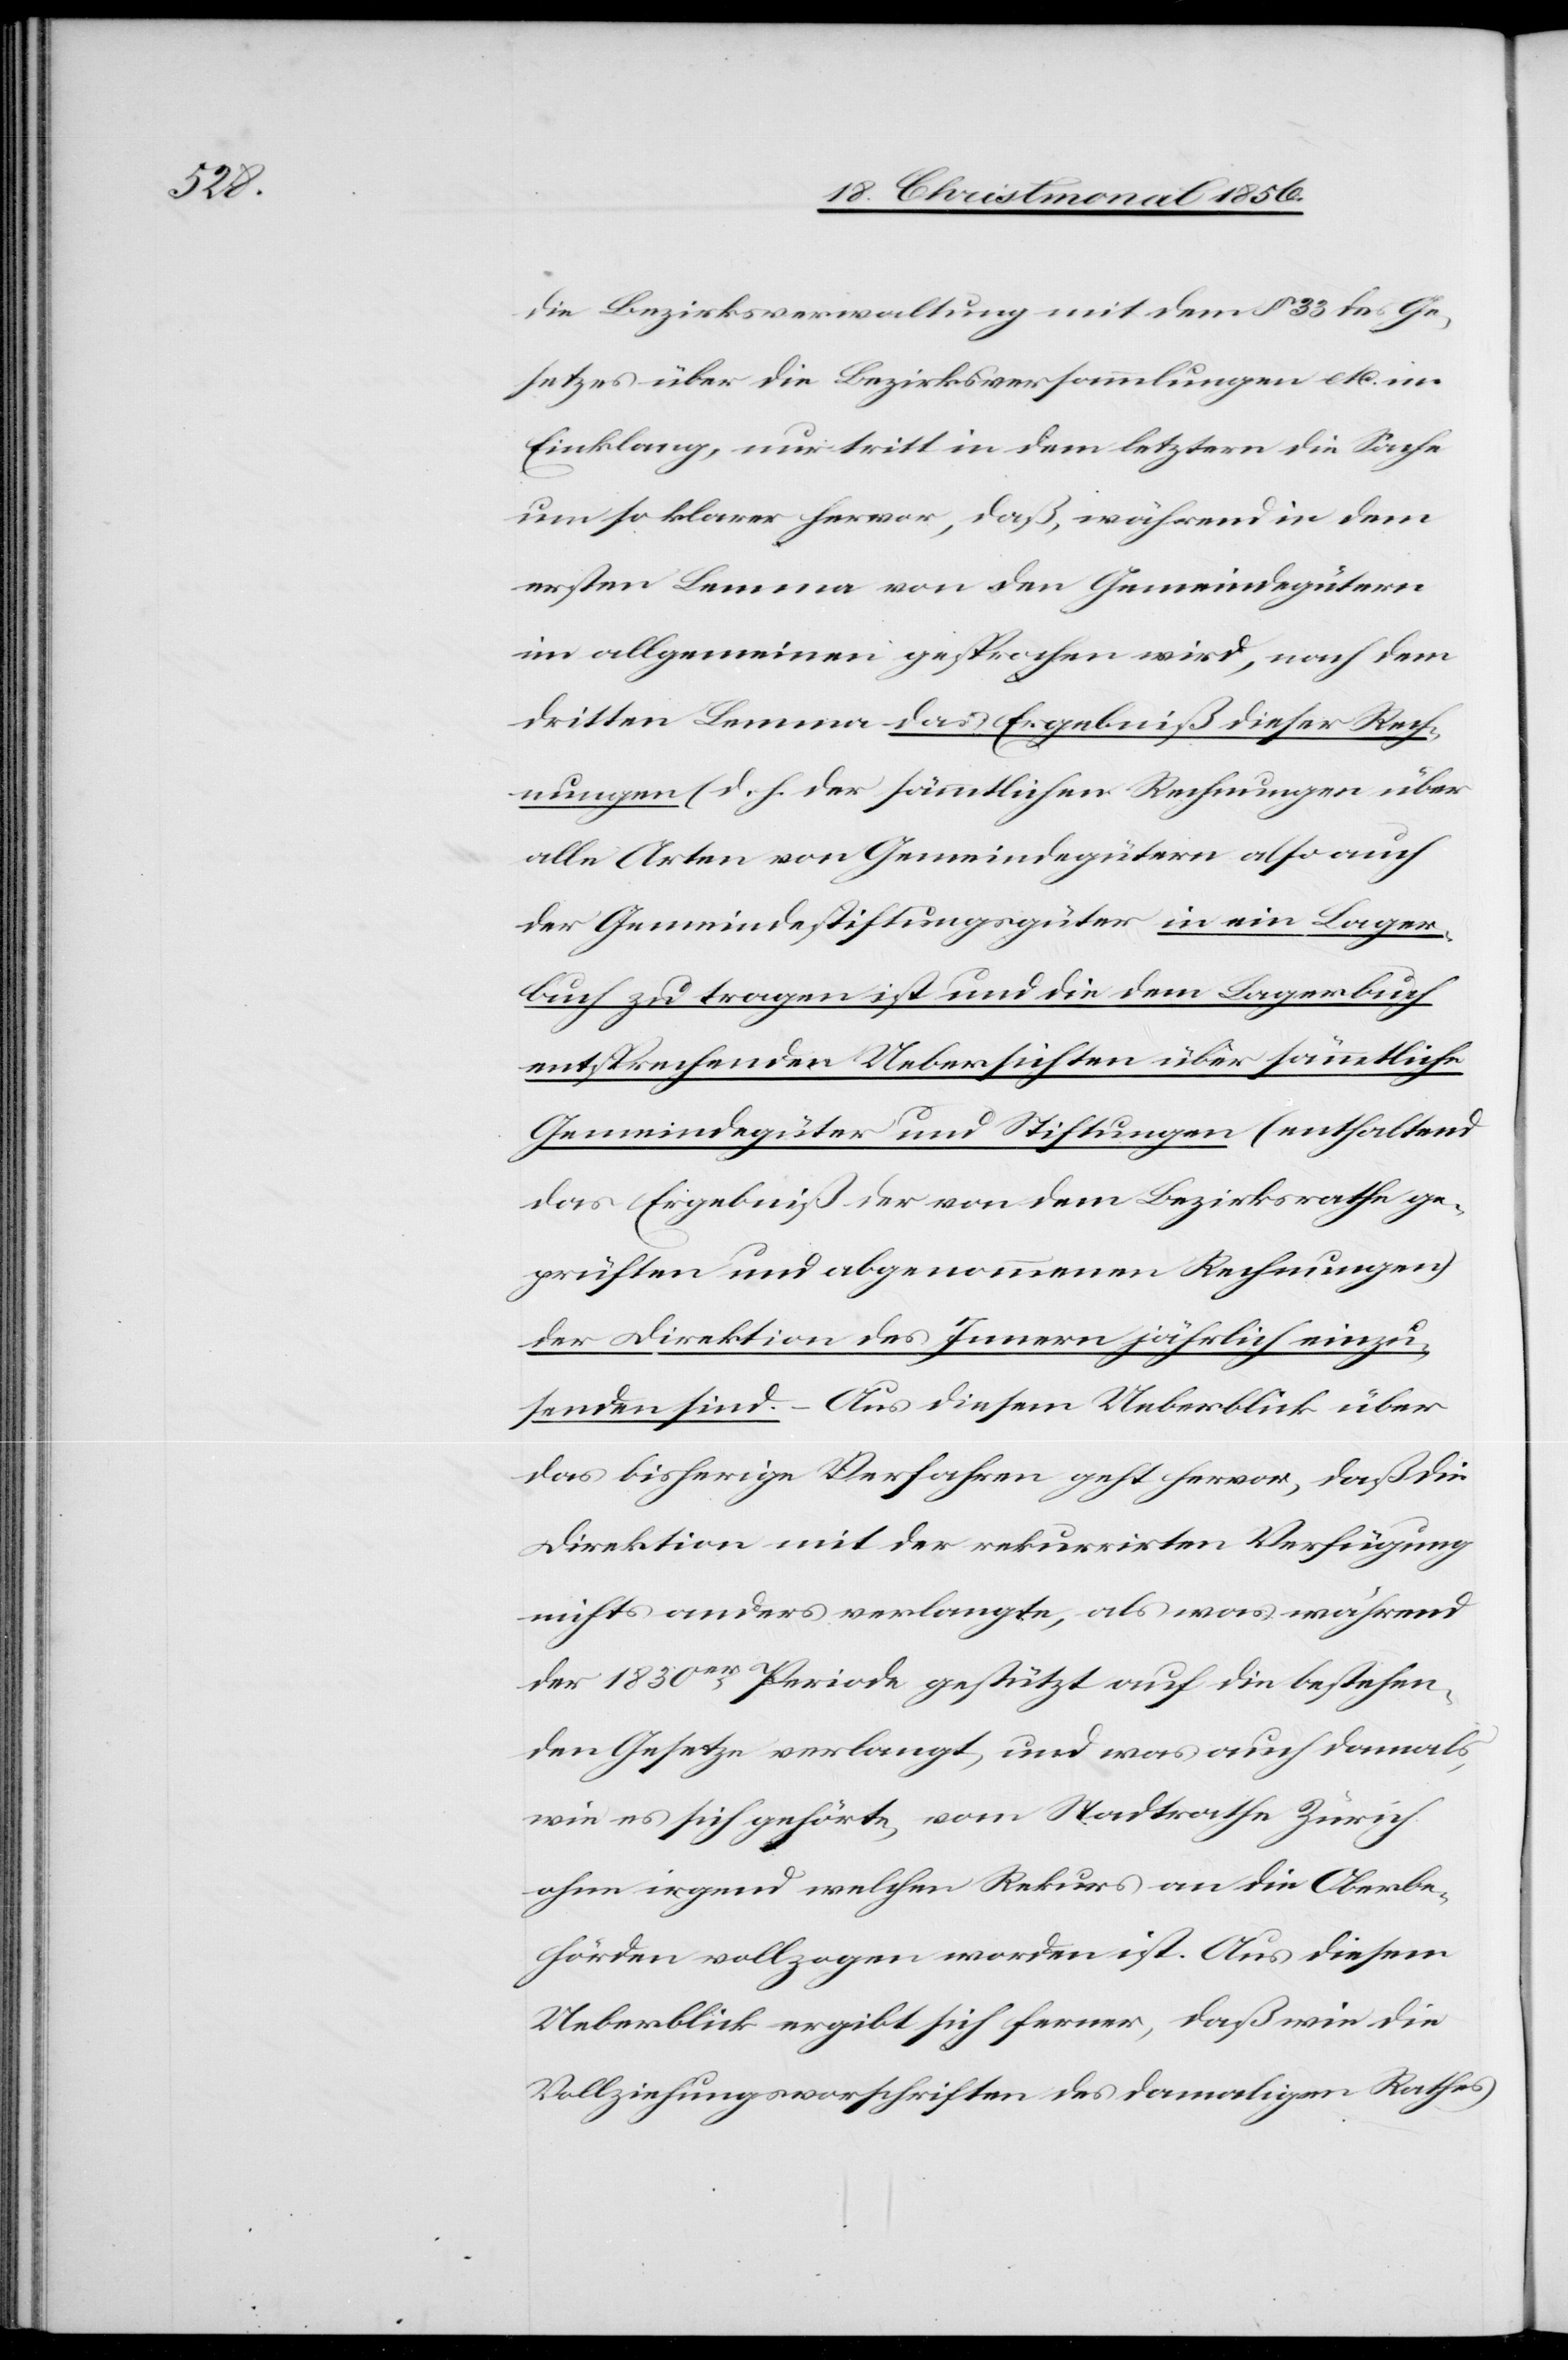
die Bezirksverwaltung mit dem § 33 des Ge¬
setzes über die Bezirksversammlungen etc. im
Einklang, nur tritt in dem letztern die Sache
um so klarer hervor, daß, während in dem
ersten Lemma von den Gemeindegütern
im allgemeinen gesprochen wird, nach dem
dritten Lemma das Ergebniß dieser Rech¬
nungen (d. h. der sämmtlichen Rechnungen über
alle Arten von Gemeindegütern also auch
der Gemeindestiftungsgüter[)] in ein Lager¬
buch zu tragen ist und die dem Lagerbuch
entsprechenden Uebersichten über sämmtliche
Gemeindegüter und Stiftungen (enthaltend
das Ergebniß der von dem Bezirksrath ge¬
prüften und abgenommenen Rechnungen)
der Direktion des Innern jährlich einzu¬
senden sind. – Aus diesem Ueberblick über
das bisherige Verfahren geht hervor, daß die
Direktion mit der rekurrirten Verfügung
nichts anders verlangte, als was während
der 1830er Periode gestützt auf die bestehen¬
den Gesetze verlangt, und was auch damals,
wie es sich gehörte, vom Stadtrathe Zürich
ohne irgend welchen Rekurs an die Oberbe¬
hörden vollzogen worden ist. Aus diesem
Ueberblick ergibt sich ferner, daß wie die
Vollziehungsvorschriften des damaligen Rathes